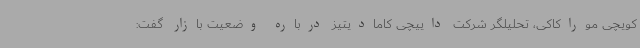
کویچی موراکاکی، تحلیلگر شرکت داییچی کامادیتیز درباره وضعیت بازار گفت: